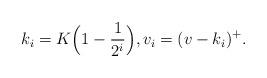
LaTeX: \begin{align*}k_i = K\Big(1 - \frac{1}{2^i}\Big), v_i = (v -k_i)^+ .\end{align*}